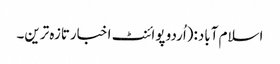
اسلام آباد:(اُردو پوائنٹ اخبارتازہ ترین۔